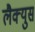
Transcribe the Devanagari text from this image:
लैक्युस